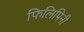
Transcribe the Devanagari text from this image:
फिलिपिनी